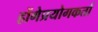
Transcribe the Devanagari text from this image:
होंगेप्रयोगकर्ता